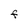
Character: F